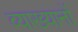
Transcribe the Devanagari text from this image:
व्‍याख्‍यानों